Vaccination United Provinces of Agra and Oudh 1914-1922 - 1914-1922
Year: 1914
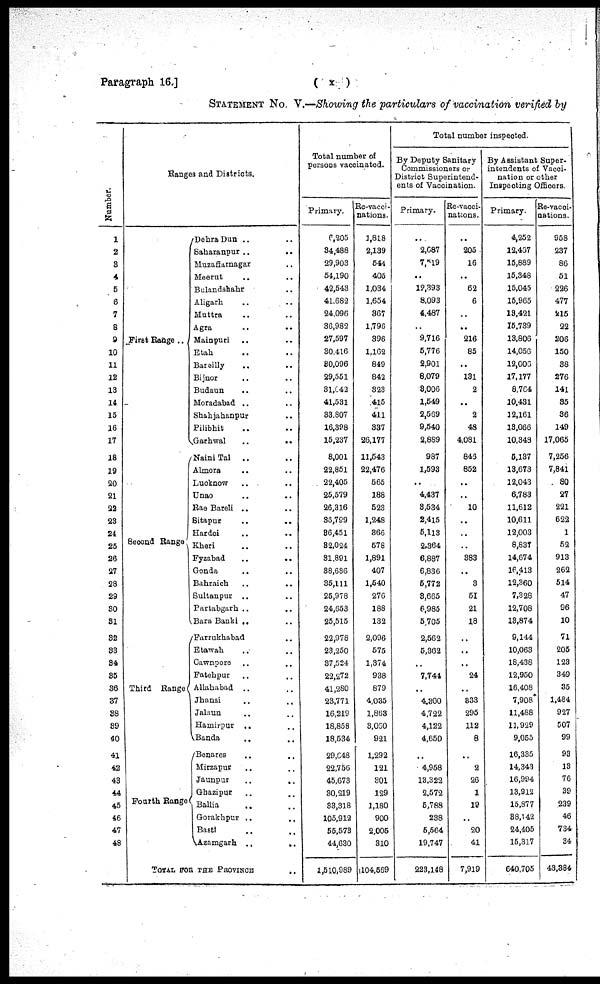
Paragraph 16.]
( x )
STATEMENT No. V.—Showing the particulars of vaccination verified by
Number.
1
2
3
4
5
6
7
8
9
10
11
12
13
14
15
16
17
18
19
20
21
22
28
24
25
26
27
28
29
30
31
32
33
34
35
36
37
38
39
40
41
42
43
44
45
46
47
48
Ranges and Districts.
First Range ..
Second Range
Third Range
Fourth Range
Dehra Dun .. ..
Saharanpur
..
..
Muzaffarnagar ..
Meerut .. ..
Bulandshahr .. ..
Aligarh .. ..
Muttra .. ..
Agra .. ..
Mainpuri .. ..
Etah .. ..
Bareilly .. ..
Bijnor .. ..
Budaun .. ..
Moradabad .. ..
Shahjahanpur .. ..
Pilibhit .. ..
Garhwal
..
..
Naini Tal .. ..
Almora .. ..
Lucknow .. ..
Unao .. ..
Rae Bareli .. ..
Sitapur .. ..
Hardoi .. ..
Kheri .. ..
Fyzabad
..
..
Gonda .. ..
Bahraich .. ..
Sultanpur .. ..
Partabgarh .. ..
Bara Banki .. ..
Farrukhabad ..
Etawah .. ..
Cawnpore .. ..
Fatehpur .. ..
Allahabad .. ..
Jhansi
..
..
Jalaun .. ..
Hamirpur .. ..
Banda .. ..
Benares .. ..
Mirzapur .. ..
Jaunpur
..
..
Ghazipur .. ..
Ballia .. ..
Gorakhpur .. ..
Basti .. ..
Azamgarh
..
..
TOTAL FOR THE PROVONCE
Total number of
persons vaccinated.
Primary.
6,205
34,488
29,903
54,190
42,543
41,682
24,096
36,982
27,597
30,416
30,096
29,551
31,042
41,531
33,807
16,398
15,237
8,001
22,851
22,405
25,579
26,316
36,799
36,451
32,024
31,891
38,636
35,111
25,978
24,653
25,515
22,978
23,250
37,524
22,272
41,280
23,771
16,219
18,858
18,534
29,048
22,756
45,673
30,219
33,318
105,912
55,573
44,630
1,510,989
Re-vacci-
nations.
1,818
2,139
544
405
1,034
1,654
367
1,796
396
1,162
849
842
323
415
411
337
26,177
11,543
22,476
565
188
523
1,248
366
578
1,891
407
1,540
276
188
132
2,096
575
1,374
938
879
4,035
1,863
3,060
921
1,292
121
301
129
1,180
900
2,006
310
104,569
Total number inspected.
By Deputy Sanitary
Commissioners or
District Superintend-
ents of Vaccination.
Primary.
..
2,687
7,519
..
12,393
8,093
4,487
..
9,716
5,776
2,901
8,079
3,006
1,549
2,569
9,540
2,889
987
1,593
..
4,437
3,534
2,415
5,113
2,364
6,887
6,836
5,772
3,665
6,985
5,705
2,562
5,362
..
7,744
..
4,300
4,722
4,122
4,650
..
4,958
13,322
2,572
5,788
238
5,564
19,747
223,148
Re-vacci-
nations.
..
205
16
..
62
6
..
..
216
85
..
131
2
..
2
48
4,081
846
852
..
..
10
..
..
..
383
..
3
51
21
18
..
..
..
24
..
833
295
112
8
..
2
26
1
19
..
20
41
7,919
By Assistant Super-
intendents of Vacci-
nation or other
Inspecting Officers.
Primary.
4,252
12,467
15,889
15,348
15,045
15,965
13,421
15,739
13,806
14,056
12,006
17,177
8,704
10,431
12,161
13,066
10,348
5,137
13,673
12,043
6,783
11,612
10,611
12,003
8,837
14,674
16,413
12,360
7,328
12,708
13,874
9,144
10,063
18,438
12,950
16,408
7,908
11,488
11,929
9,055
16,335
14,343
16,994
13,912
15,877
38,142
24,405
15,317
640,705
Re-vacci-
nations.
958
237
86
51
226
477
215
22
206
150
38
276
141
35
36
149
17,065
7,256
7,841
80
27
221
622
1
52
913
262
514
47
96
10
71
205
123
349
35
1,484
927
507
99
93
13
76
39
239
46
734
34
43,384